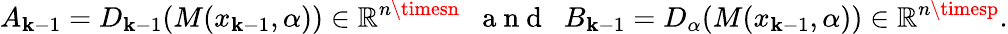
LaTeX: A_{\mathbf{k}-1}=D_{\mathbf{k}-1}(M(x_{\mathbf{k}-1},\alpha))\in\mathbb{{R}}^{n\timesn}\mathrm{{~\; ~a~n~d~\; ~}}B_{\mathbf{k}-1}=D_{\alpha}(M(x_{\mathbf{k}-1},\alpha))\in\mathbb{{R}}^{n\timesp}.